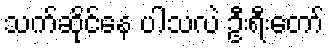
သက်ဆိုင်နေ ပါသလဲ ဦးရီးတော်